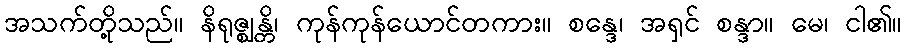
အသက်တို့သည်။ နိရုဇ္ဈန္တိ၊ ကုန်ကုန်ယောင်တကား။ စန္ဒေ၊ အရှင် စန္ဒာ။ မေ၊ ငါ၏။